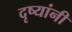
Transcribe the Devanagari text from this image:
दृष्यांनी